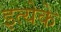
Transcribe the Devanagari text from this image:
इत्येके